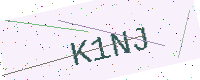
Text: K1NJ